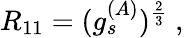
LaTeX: R_{11}=(g_{s}^{(A)})^{\frac{2}{3}}\ ,